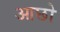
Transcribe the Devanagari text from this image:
आछो